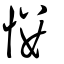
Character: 慺